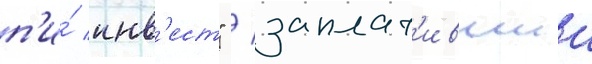
п'и́ инв'ест" / заплат'ившии